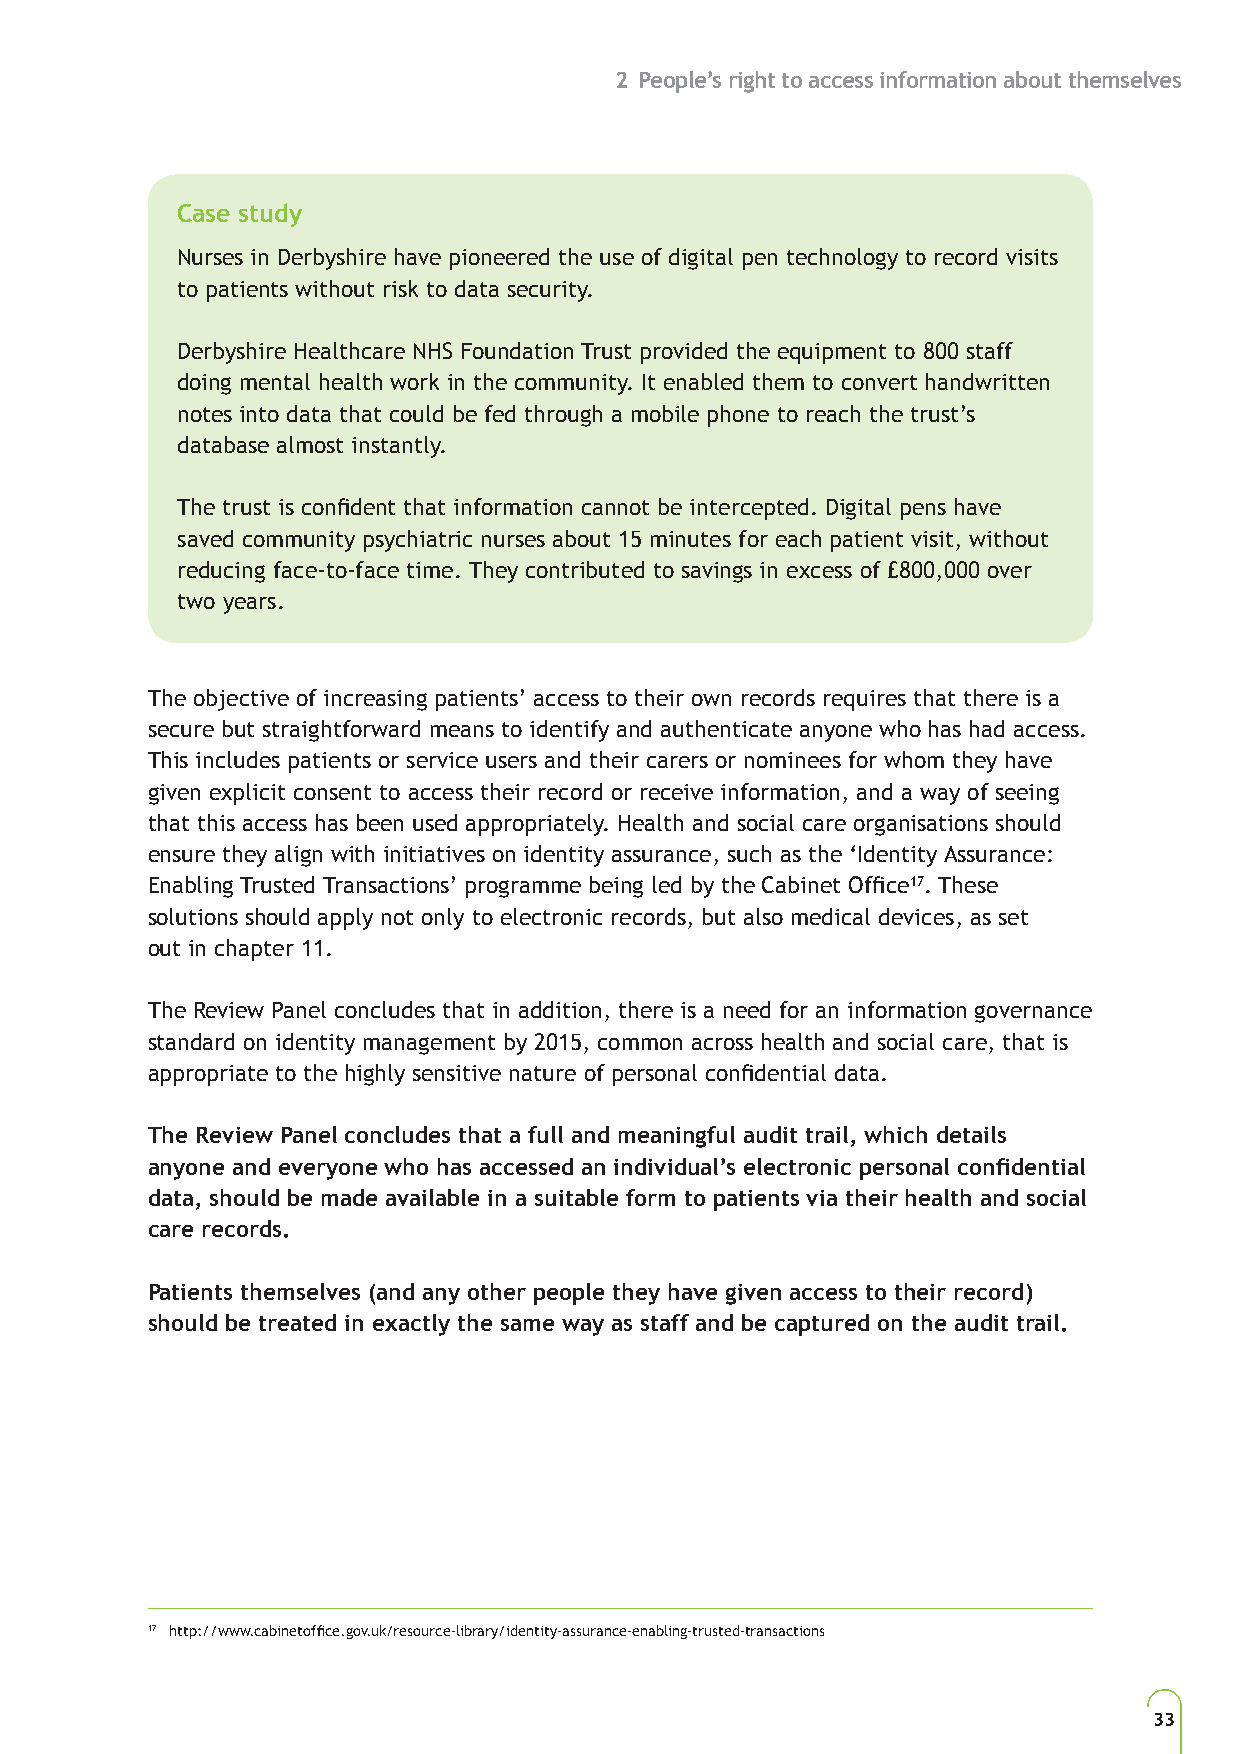
2 People’s right to access information about themselves
 Case study
 Nurses in Derbyshire have pioneered the use of digital pen technology to record visits
 to patients without risk to data security.
 Derbyshire Healthcare NHS Foundation Trust provided the equipment to 800 staff
 doing mental health work in the community. It enabled them to convert handwritten
 notes into data that could be fed through a mobile phone to reach the trust’s
 database almost instantly.
 The trust is confident that information cannot be intercepted. Digital pens have
 saved community psychiatric nurses about 15 minutes for each patient visit, without
 reducing face-to-face time. They contributed to savings in excess of £800,000 over
 two years.
 The objective of increasing patients’ access to their own records requires that there is a
 secure but straightforward means to identify and authenticate anyone who has had access.
 This includes patients or service users and their carers or nominees for whom they have
 given explicit consent to access their record or receive information, and a way of seeing
 that this access has been used appropriately. Health and social care organisations should
 ensure they align with initiatives on identity assurance, such as the ‘Identity Assurance:
 Enabling Trusted Transactions’ programme being led by the Cabinet Office17. These
 solutions should apply not only to electronic records, but also medical devices, as set
 out in chapter 11.
 The Review Panel concludes that in addition, there is a need for an information governance
 standard on identity management by 2015, common across health and social care, that is
 appropriate to the highly sensitive nature of personal confidential data.
 The Review Panel concludes that a full and meaningful audit trail, which details
 anyone and everyone who has accessed an individual’s electronic personal confidential
 data, should be made available in a suitable form to patients via their health and social
 care records.
 Patients themselves (and any other people they have given access to their record)
 should be treated in exactly the same way as staff and be captured on the audit trail.
 17 http://www.cabinetoffice.gov.uk/resource-library/identity-assurance-enabling-trusted-transactions
 33